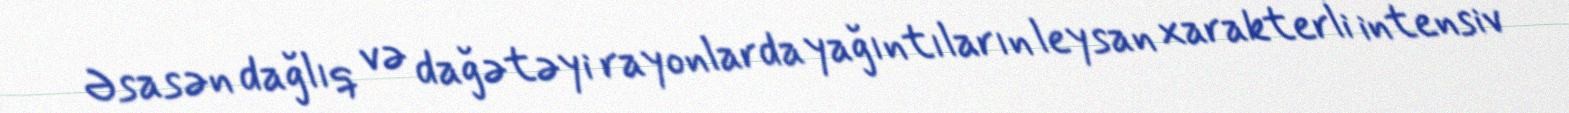
Əsasən dağlıq və dağətəyi rayonlarda yağıntıların leysan xarakterli intensiv